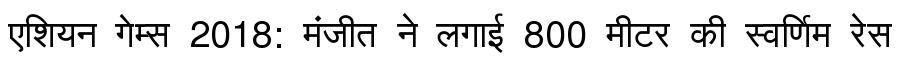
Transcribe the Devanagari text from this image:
एशियन गेम्स 2018: मंजीत ने लगाई 800 मीटर की स्वर्णिम रेस